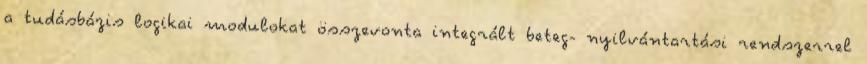
a tudásbázis logikai modulokat összevonta integrált beteg- nyilvántartási rendszerrel